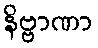
နိဗ္ဗာဏာ